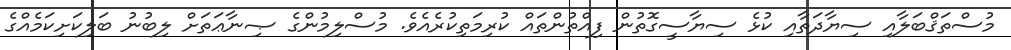
މުސްތަޤްބަލާއި ސިޔާދަތާއި ކުޅެ ސިޔާސީގޮތުން ފިއްތުންތައް ކުރިމަތިކުރެއެވެ. މުސްލިމުންގެ ޞިނާޢަތަށް ލިބުނު ބަލިކަށިކަމެއްގެ